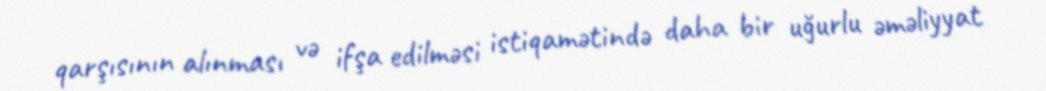
qarşısının alınması və ifşa edilməsi istiqamətində daha bir uğurlu əməliyyat